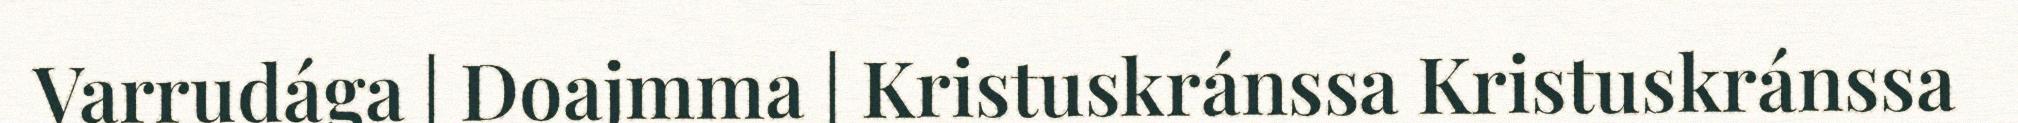
Varrudága | Doajmma | Kristuskránssa Kristuskránssa